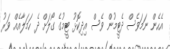
އެހެން ނަމަވެސް ދެޓީމުން ވެސް އިދިކޮޅު ޓީމުގެ ގޯލަށް ދެ ހަމަލާއެއް ވަރު